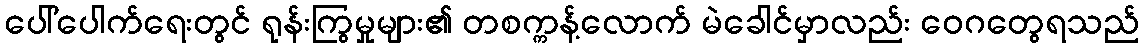
ပေါ်ပေါက်ရေးတွင် ရုန်းကြွမှုများ၏ တစက္ကန့်လောက် မဲခေါင်မှာလည်း ဝေဂတွေရသည်